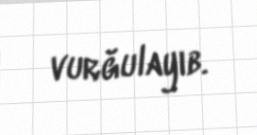
vurğulayıb.